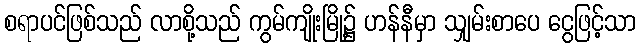
စရာပင်ဖြစ်သည် လာစို့သည် ကွမ်ကျိုးမြို့၌ ဟန်နီမှာ သျှမ်းစာပေ ငွေဖြင့်သာ